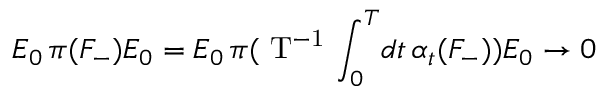
E _ { 0 } \, \pi ( { F } _ { - } ) E _ { 0 } = E _ { 0 } \, \pi ( \mathrm { ~ T ^ { - 1 } ~ } \! \int _ { 0 } ^ { T } \! d t \, \alpha _ { t } ( F _ { - } ) ) E _ { 0 } \rightarrow 0